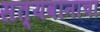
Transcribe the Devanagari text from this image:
सत्यवानाचा